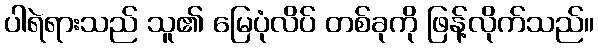
ပါရဲရားသည် သူ၏ မြေပုံလိပ် တစ်ခုကို ဖြန့်လိုက်သည်။